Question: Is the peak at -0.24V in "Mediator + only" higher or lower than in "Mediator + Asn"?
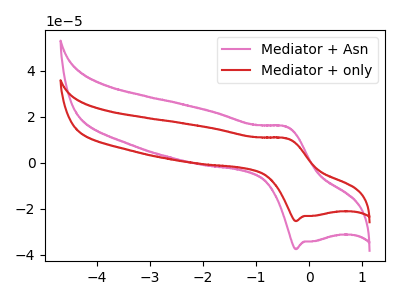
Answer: <think>The pink curve "Mediator + Asn" has an anodic peak at (-0.45V, 15.60uA) and a cathodic peak at (-0.25V, -37.60uA). The red curve "Mediator + only" has an anodic peak at (-0.45V, 10.55uA) and a cathodic peak at (-0.25V, -25.40uA).</think>
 <answer>The peak at -0.24V is lower in "Mediator + only" than in "Mediator + Asn".</answer>
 <eval>lower</eval>